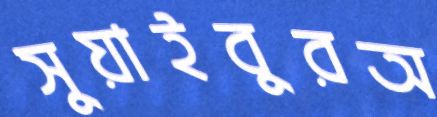
সুয়াইবুরঅ